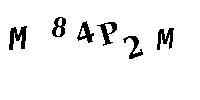
M84P2M